65_HS1-834228961_62-HQ-83894_Section_5
Agency: FBI
Page 16
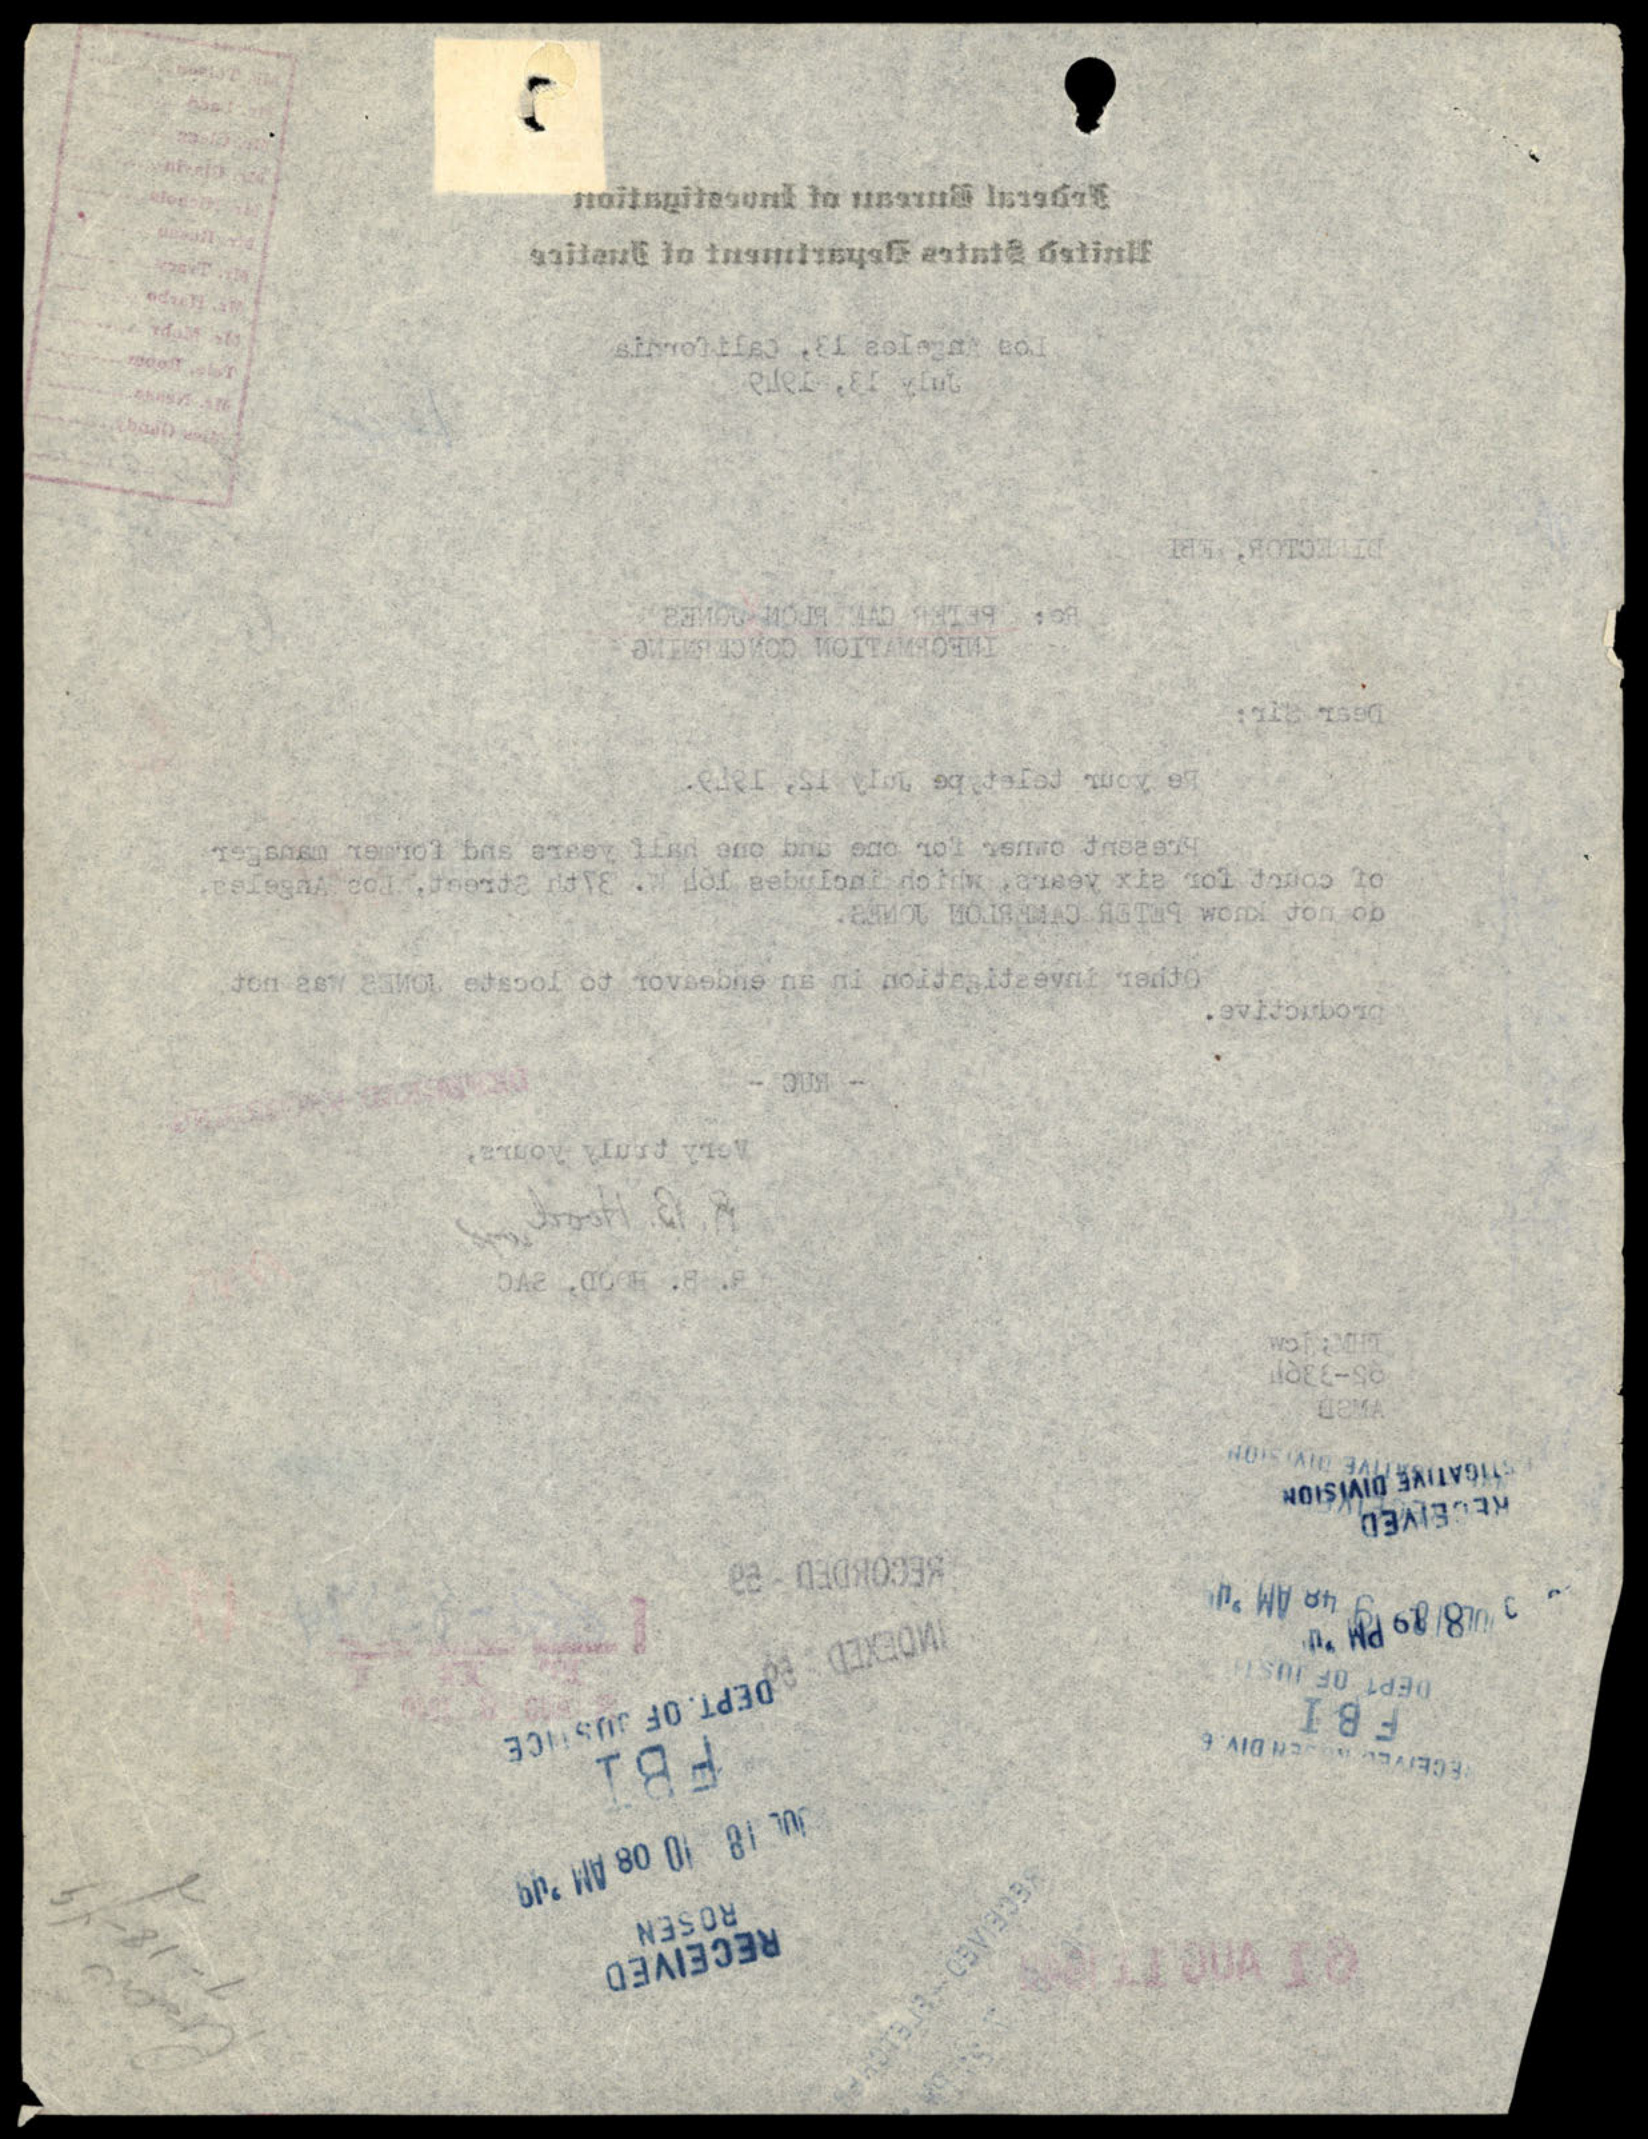